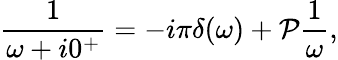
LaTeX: \frac{1}{\omega+i0^{+}}=-i\pi\delta(\omega)+\mathcal{P}\frac{1}{\omega},